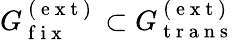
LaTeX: G_{\mathrm{~f~i~x~}}^{\mathrm{~(~e~x~t~)~}}\subset G_{\mathrm{~t~r~a~n~s~}}^{\mathrm{~(~e~x~t~)~}}